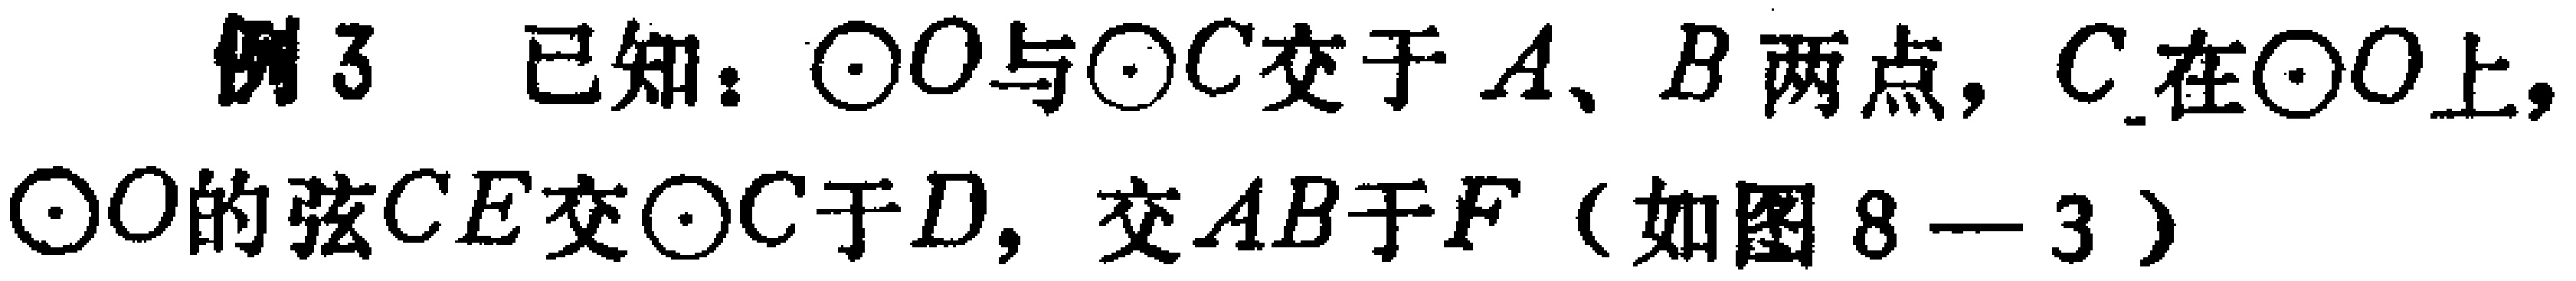
例3 已知：$\odot O$与$\odot C$交于$A、B$两点，$C$在$\odot O$上，$\odot O$的弦$CE$交$\odot C$于$D$，交$AB$于$F$（如图8 - 3）